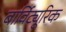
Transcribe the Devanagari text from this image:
बार्विट्यूरिक